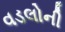
વડલોની